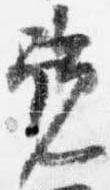
覧